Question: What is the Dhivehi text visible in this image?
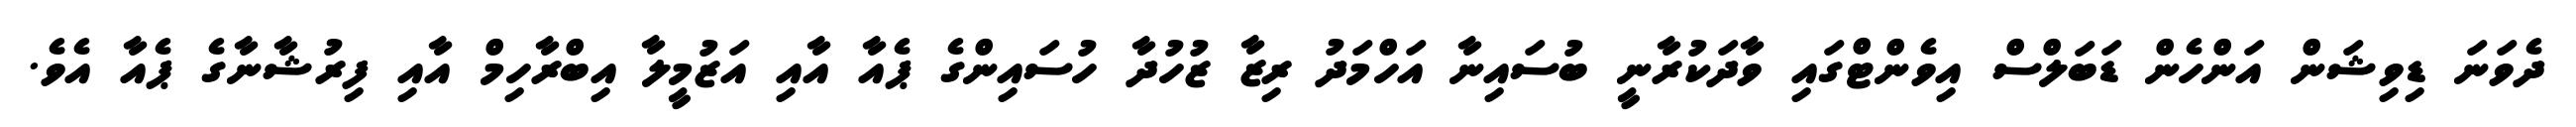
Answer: ދެވަނަ ޑިވިޝަން އަންހެން ޑަބަލްސް އިވެންޓްގައި ވާދަކުރާނީ ބުސައިނާ އަހްމަދު ރިޒާ ޒުހުދާ ހުސައިންގެ ޕެއާ އާއި އަޒުމީލާ އިބްރާހިމް އާއި ފިރުޝާނާގެ ޕެއާ އެވެ.